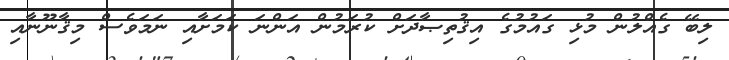
ލިބޭ ގެއްލުން މުޅި ގައުމުގެ އިޤުތިޞާދަށް ކުރަމުން އަންނަ ކަމަށާއި ނަމަވެސް މިޤާނޫނާއި